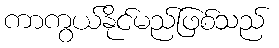
ကာကွယ်နိုင်မည်ဖြစ်သည်